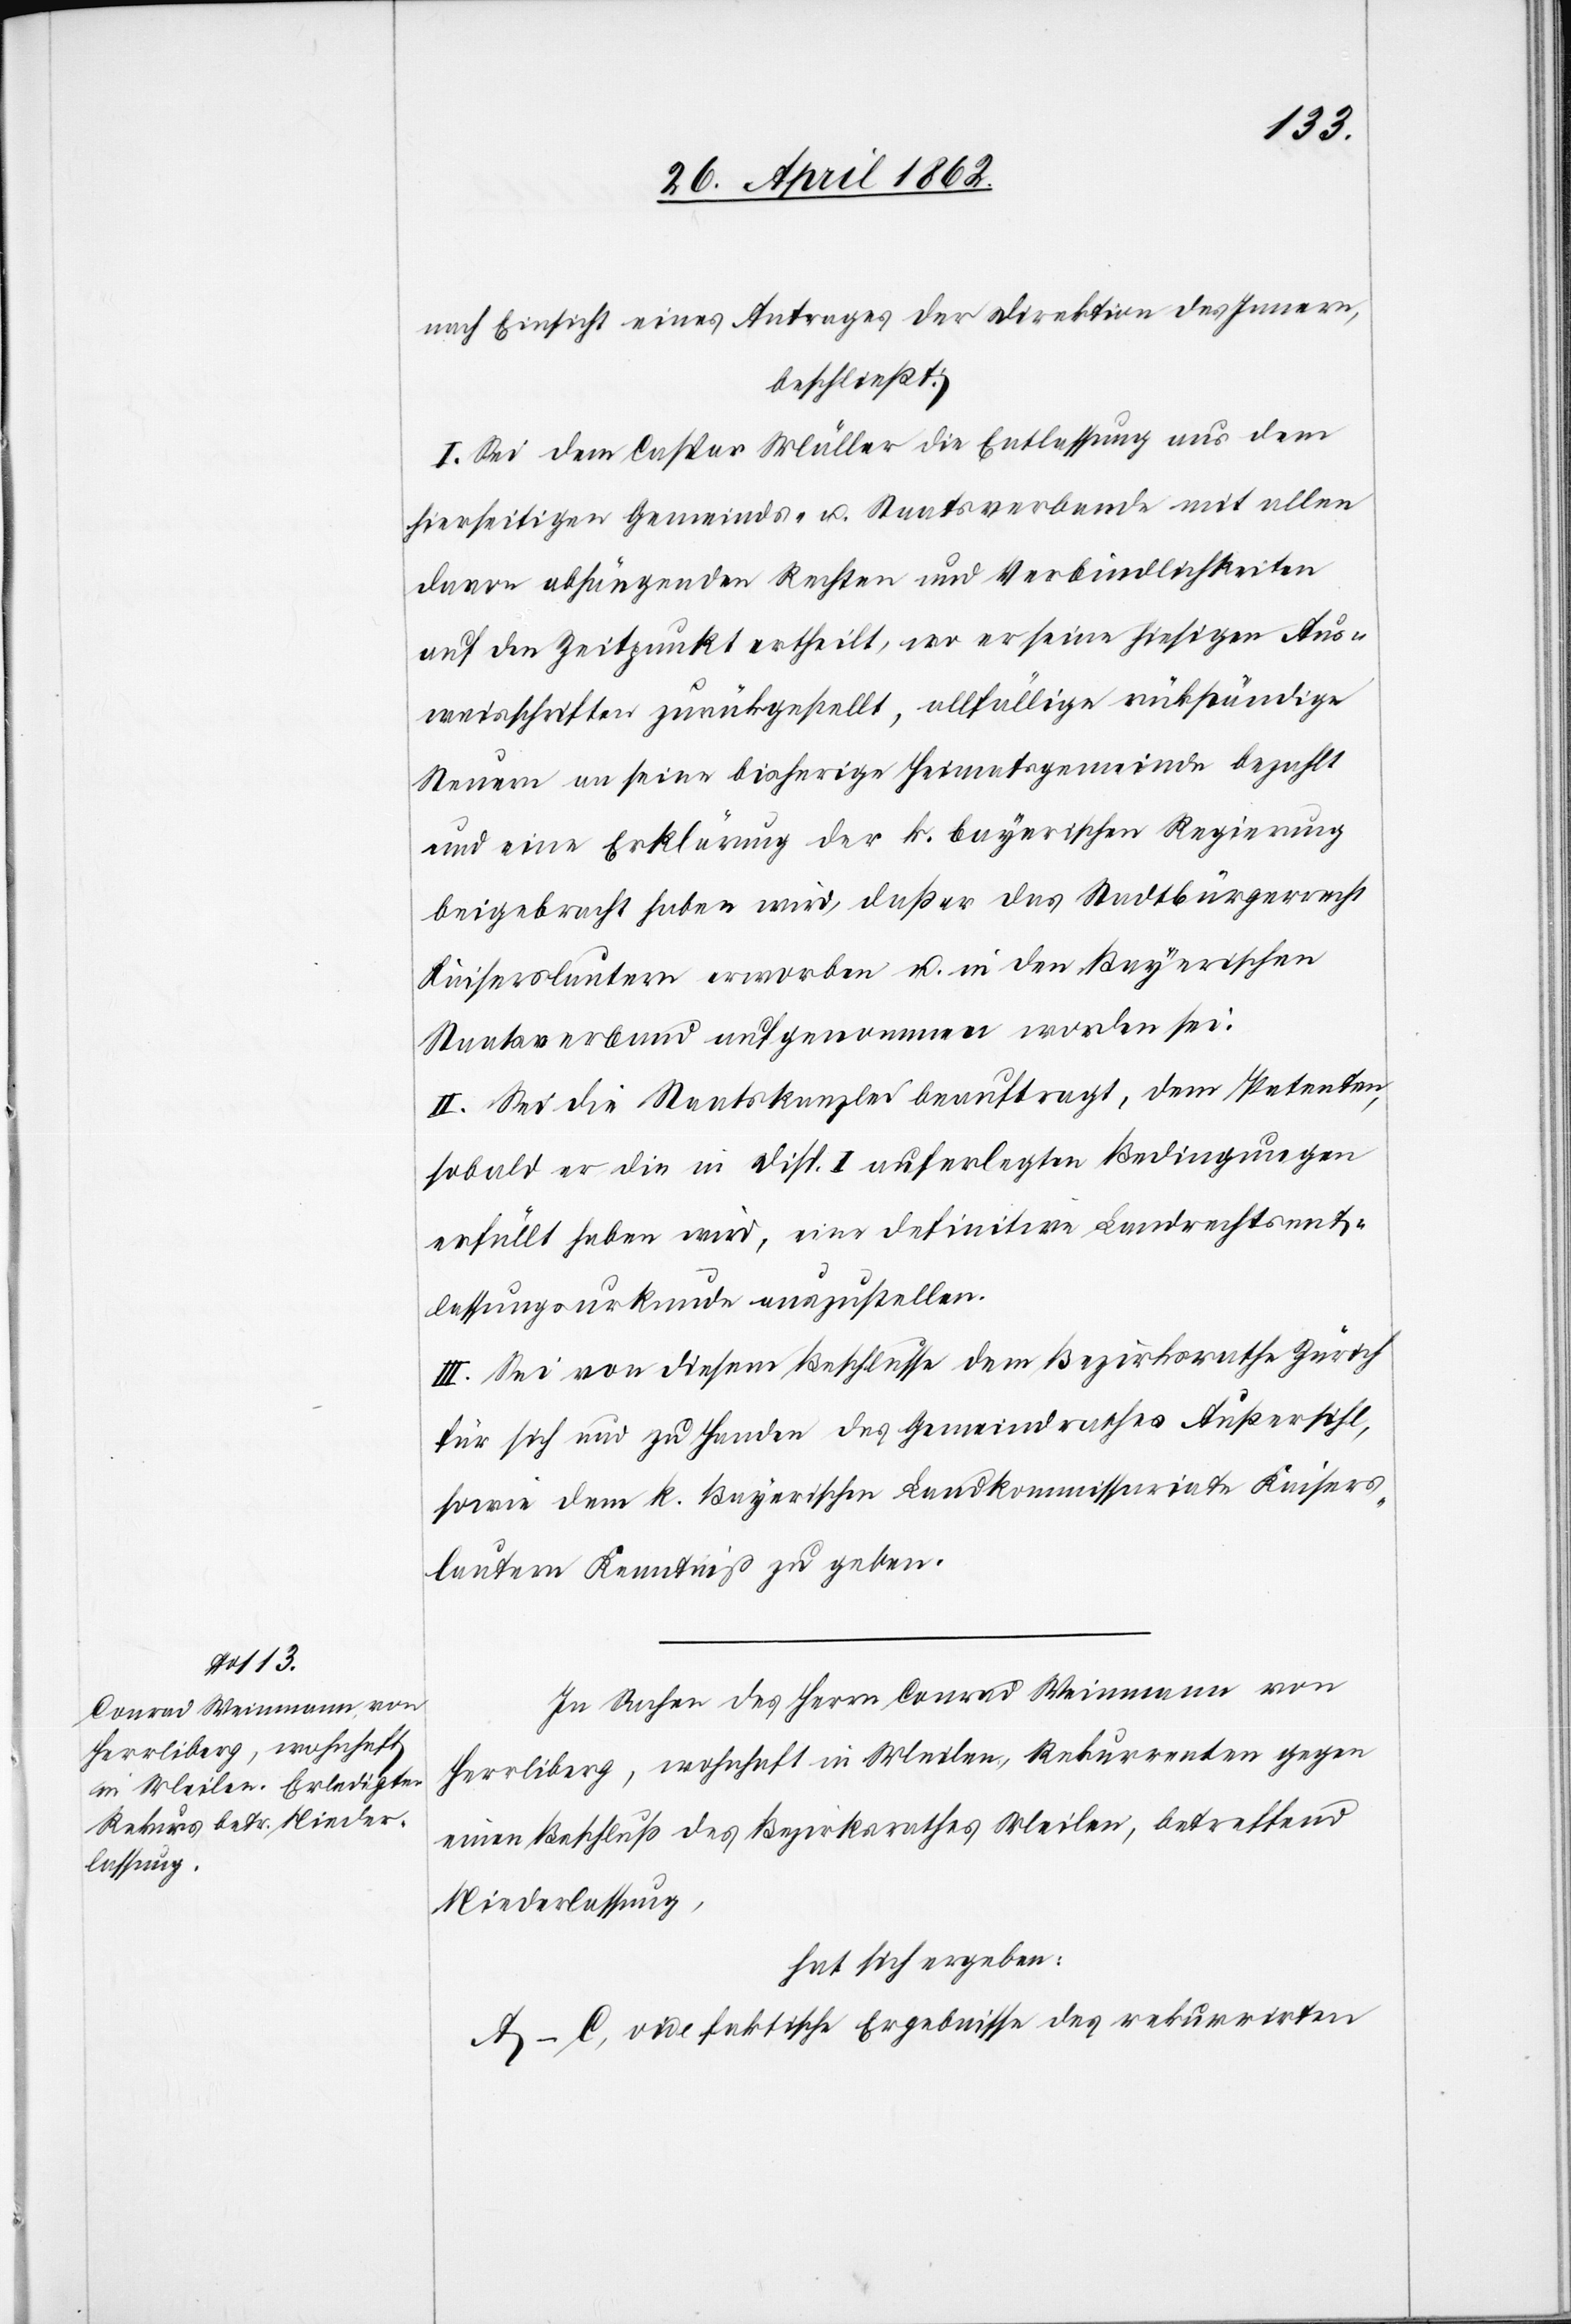
nach Einsicht eines Antrags der Direktion des Innern,
beschließt:
I. Sei dem Caspar Müller die Entlassung aus dem
hierseitigen Gemeinds- u. Staatsverbande mit allen
davon abhängenden Rechten und Verbindlichkeiten
auf den Zeitpunkt ertheilt, wo er seine hiesigen Aus¬
weisschriften zurückgestellt, allfällige rückständige
Steuern an seine bisherige Heimatsgemeinde bezahlt
und eine Erklärung der k. bayerischen Regierung
beigebracht haben wird, daß er das Stadtbürgerrecht
Kaiserslautern erworben u. in den Bayerschen
Staatsverband aufgenommen worden sei.
II. Sei die Staatskanzlei beauftragt, dem Petenten,
sobald er die in Disp. I. auferlegten Bedingungen
erfüllt haben wird, eine definitivere Landrechtsent¬
lassungsurkunde auszustellen.
III. Sei von diesem Beschlusse dem Bezirksrathe Zürich
für sich und zu Handen des Gemeindrathes Außersihl,
sowie dem k. Bayerischen Landkommissariate Kaisers¬
lautern Kenntniß zu geben.
In Sachen des Herrn Conrad Weinmann von
Herrliberg, wohnhaft in Meilen, Rekurrenten gegen
einen Beschluß des Bezirksrathes Meilen, betreffend
Niederlassung,
hat sich ergeben:
A–C. vide faktische Ergebnisse des rekurrirten